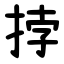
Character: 挬